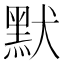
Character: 默